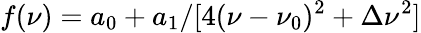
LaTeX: f(\nu)=a_{0}+a_{1}/[4(\nu-\nu_{0})^{2}+\Delta\nu^{2}]